Scottish Leaving Certificate Examination, 1951
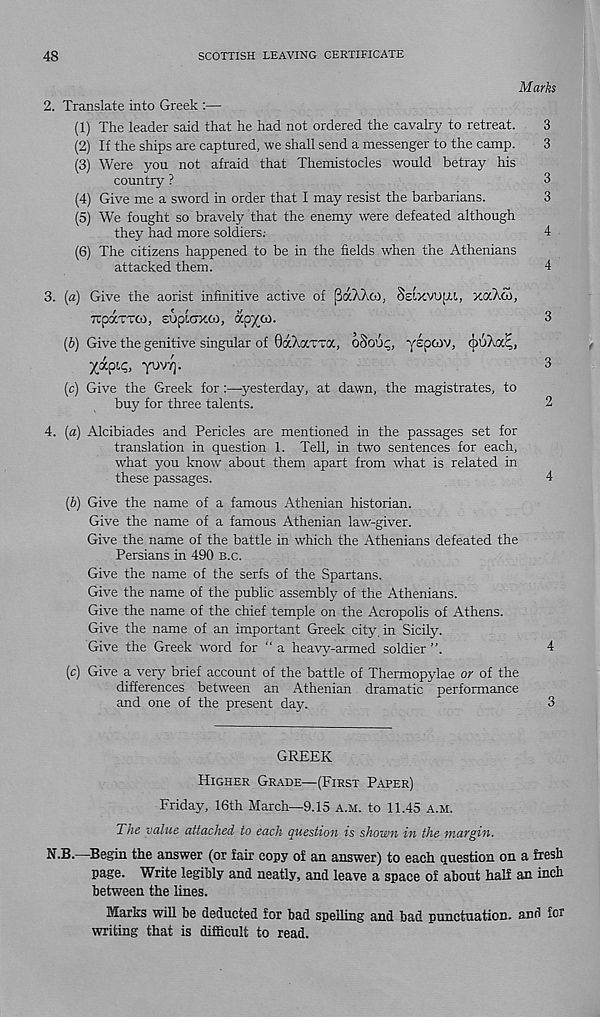
48
SCOTTISH LEAVING CERTIFICATE
Marks
2. Translate into Greek :—
(1) The leader said that he had not ordered the cavalry to retreat.
3
(2) If the ships are captured, we shall send a messenger to the camp.
3
(3) Were you not afraid that Themistocles would betray his
country ?
3
(4) Give me a sword in order that I may resist the barbarians.
3
(5) We fought so bravely that the enemy were defeated although
they had more soldiers.-
4
(6) The citizens happened to be in the fields when the Athenians
attacked them.
4
3. (a) Give the aorist infinitive active of f3aWuj.), Seixvu^i, xaAa>,
TTCXTTCO, EUptOXCO, CCp'/OJ.
3
(6) Give the genitive singular of 0a)taTTa, oSout;, ylpcov,
yxpiq, yuv/j.
3
(c) Give the Greek for:—yesterday, at dawn, the magistrates, to
buy for three talents.
2
4. (a) Alcibiades and Pericles are mentioned in the passages set for
translation in question 1. Tell, in two sentences for each,
what you know about them apart from what is related in
these passages.
4
(b) Give the name of a famous Athenian historian.
Give the name of a famous Athenian law-giver.
Give the name of the battle in which the Athenians defeated the
Persians in 490 b.c.
Give the name of the serfs of the Spartans.
Give the name of the public assembly of the Athenians.
Give the name of the chief temple on the Acropolis of Athens.
Give the name of an important Greek city, in Sicily.
Give the Greek word for “a heavy-armed soldier ”.
4
(c) Give a very brief account of the battle of Thermopylae or of the
differences between an Athenian dramatic performance
and one of the present day.
3
GREEK
Higher Grade—(First Paper)
Friday, 16th March—9.15 a.m. to 11.45 a.m.
The value attached to each question is shown in the margin.
N S-—Begin the answer (or fair copy of an answer) to each question on a fresh
page. Write legibly and neatly, and leave a space of about half an inch
between the lines.
Marks will be deducted for bad spelling and bad punctuation, and for
writing that is difficult to read.